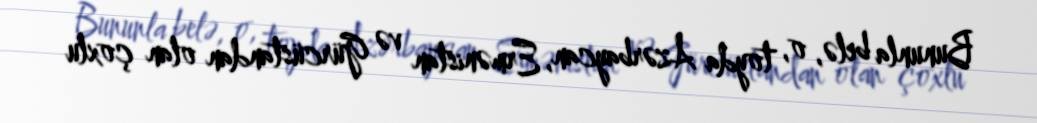
Bununla belə, o, toyda Azərbaycan, Ermənistan və Gürcüstandan olan çoxlu